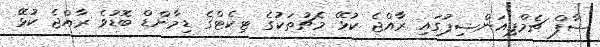
ސާފް ޗެމްޕިއަންޝިޕުގައި ރާއްޖެ ކުޅޭ މެޗުތަކުގެ ޓިކެޓްގެ ޑިމާންޑް ބޮޑުވެ ރާއްޖެ ކުޅޭ